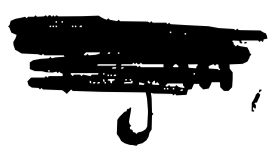
Text: Fynn,
Cross-out: scratch
Writing tool: digital_black